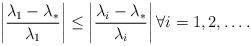
LaTeX: \begin{align*} \left|\frac{\lambda_1 - \lambda_*}{\lambda_1}\right|\leq \left|\frac{\lambda_i - \lambda_*}{\lambda_i}\right|\forall i=1,2,\dots.\end{align*}